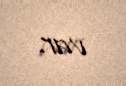
var.